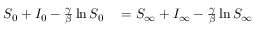
\begin{array} { r l } { S _ { 0 } + I _ { 0 } - \frac { \gamma } { \beta } \ln S _ { 0 } } & { { } = S _ { \infty } + I _ { \infty } - \frac { \gamma } { \beta } \ln S _ { \infty } } \end{array}